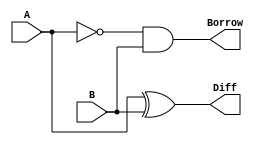
module hs(A, B, Diff, Borrow);
	input A,B;
	output Diff, Borrow;
	assign Diff = A^B;
	assign Borrow = (~A)&B;
endmodule

module test;
	reg a,b;
	wire diff, borrow;
	hs gs(a,b,diff,borrow);
	initial begin
		$dumpfile("halfSubtractor.vcd");
		$dumpvars(0,test);
		$display("A\tB\tDiff\tBorrow");
		$monitor("%b\t%b\t%b\t%b",a,b,diff,borrow);
		#0 a=0;b=0;
		#10 a=0;b=1;
		#10 a=1;b=0;
		#10 a=1;b=1;
		#10
		$finish;
	end
endmodule